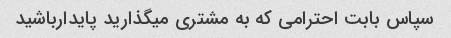
سپاس بابت احترامی که به مشتری میگذارید پایدارباشید